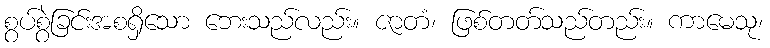
စွပ်စွဲခြင်းအစရှိသော ဘေးသည်လည်း။ ဇာတံ၊ ဖြစ်တတ်သည်တည်း။ ကာမေသု၊